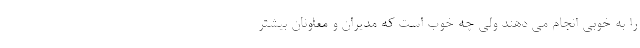
را به خوبی انجام می دهند ولی چه خوب است که مدیران و معاونان بیشتر